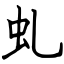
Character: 虬